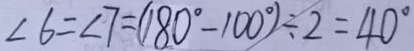
\angle 6 = \angle 7 = ( 1 8 0 ^ { \circ } - 1 0 0 ^ { \circ } ) \div 2 = 4 0 ^ { \circ }